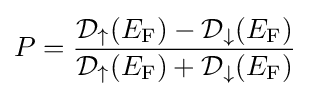
P={\frac {{\mathcal {D}}_{\uparrow }(E_{\mathrm {F} })-{\mathcal {D}}_{\downarrow }(E_{\mathrm {F} })}{{\mathcal {D}}_{\uparrow }(E_{\mathrm {F} })+{\mathcal {D}}_{\downarrow }(E_{\mathrm {F} })}}